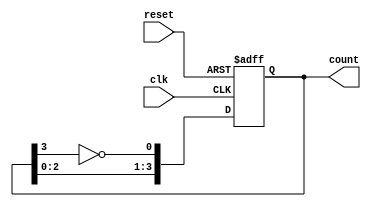
module johnson_counter #(
    parameter WIDTH = 4  // Bit width of the counter (must be even)
) (
    input wire clk,      // Clock signal
    input wire reset,    // Asynchronous reset
    output reg [WIDTH-1:0] count // Current counter value
);

    // Ensure WIDTH is even
    initial begin
        if (WIDTH % 2 != 0) begin
            $error("WIDTH must be an even number.");
            $finish;
        end
    end

    always @(posedge clk or posedge reset) begin
        if (reset) begin
            count <= 0;  // Reset the counter to 0
        end else begin
            // Shift the counter and apply feedback
            count <= {count[WIDTH-2:0], ~count[WIDTH-1]};
        end
    end

endmodule